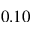
0 . 1 0